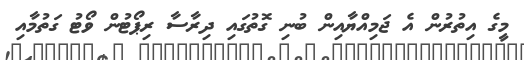
މީގެ އިތުރުން އެ ޖަމިއްޔާއިން ބުނި ގޮތުގައި ދިރާސާ ރިޕޯޓުން ވޯޓު ގަތުމާއި